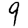
Digit: 9